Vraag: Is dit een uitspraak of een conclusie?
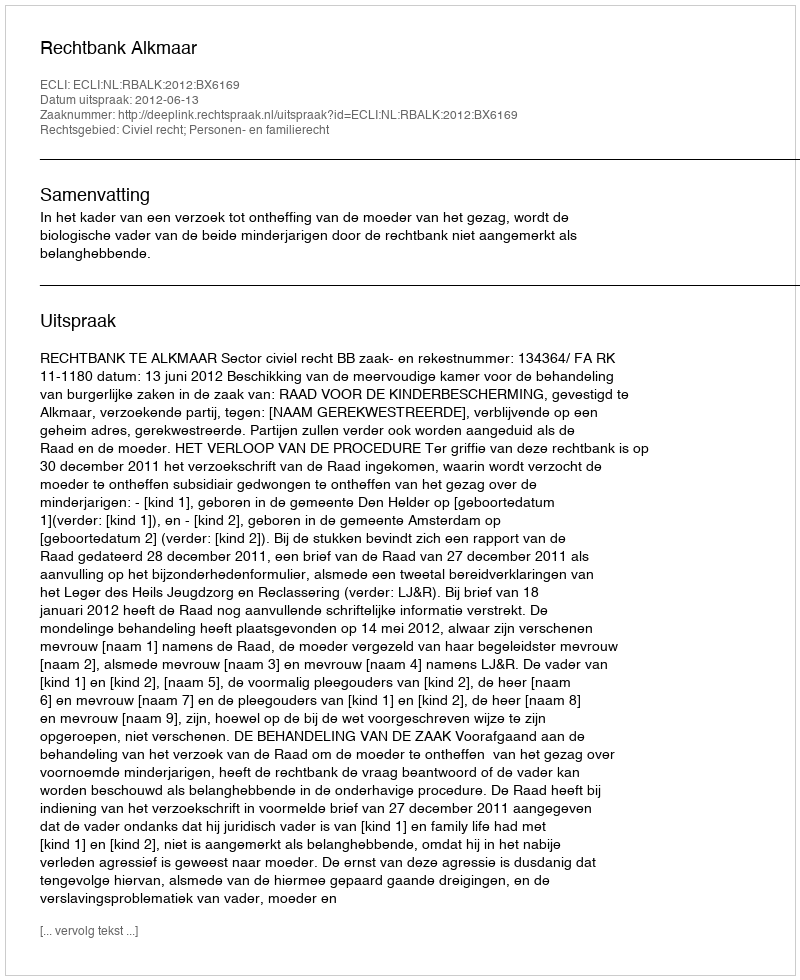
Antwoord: Uitspraak